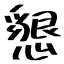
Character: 懇